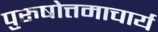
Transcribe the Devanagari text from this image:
पुरुषोत्तमाचार्य